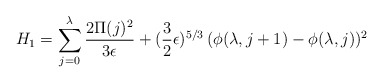
\begin{align*}H_1 = \sum_{j=0}^{\lambda} {2 \Pi(j)^2 \over 3\epsilon} +({3\over 2} \epsilon)^{5/3} \,(\phi(\lambda,j+1)-\phi(\lambda,j))^2\end{align*}